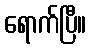
ရောက်ပြီ။